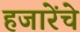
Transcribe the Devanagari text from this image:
हजारेंचे